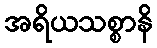
အရိယသစ္စာနိ